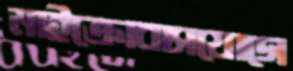
মাইক্রোবাসযোগে